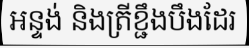
អន្ទង់ និងត្រីខ្ជឹងបឹងដែរ